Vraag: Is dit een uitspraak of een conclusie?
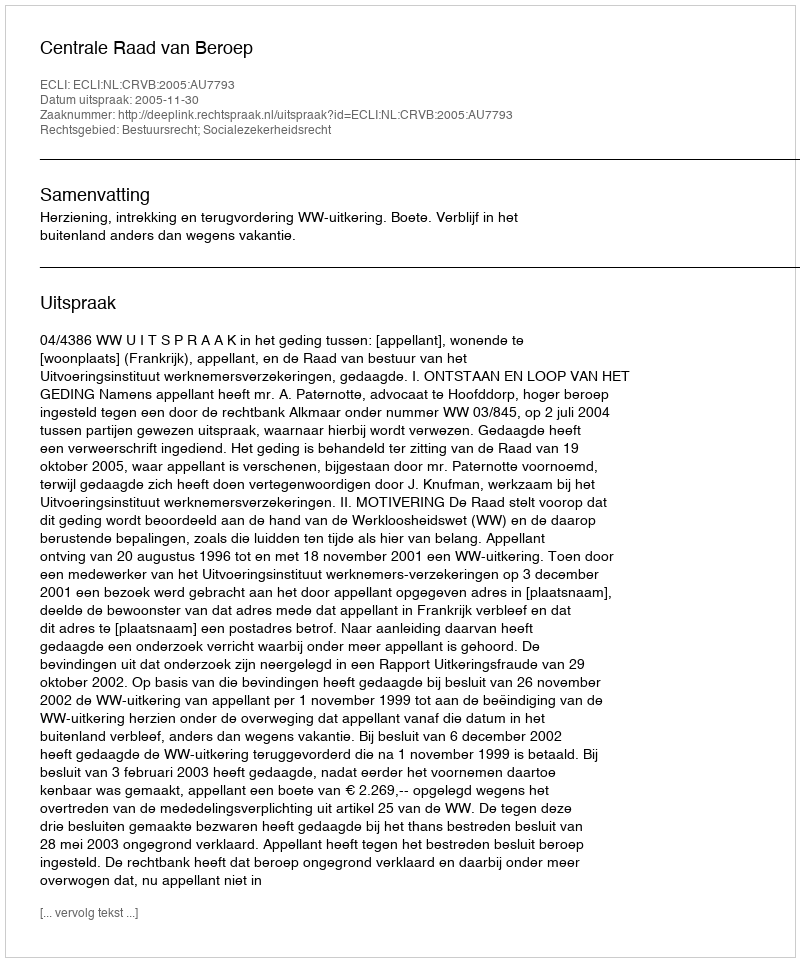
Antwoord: Uitspraak